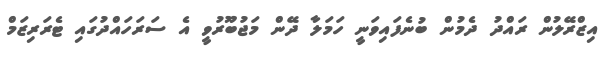
އިޒްރޭލުން ރައްދު ދެމުން ބުނެފައިވަނީ ހަމަލާ ދޭން މަޖުބޫރުވީ އެ ސަރަހައްދުގައި ޓެރަރިޒަމް